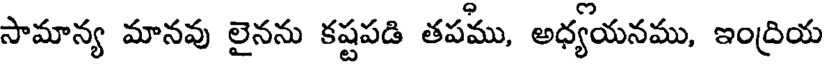
సామాన్య మానవు లైనను కష్టపడి తపము, అధ్యయనము, ఇంద్రియ